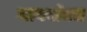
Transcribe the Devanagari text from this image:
ग्लवबॉक्स